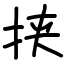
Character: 挟